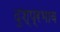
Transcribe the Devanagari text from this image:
दुश्प्रभाव